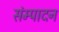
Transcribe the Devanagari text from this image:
संम्पादन